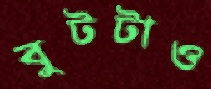
বুটটাও